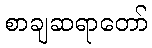
စာချဆရာတော်